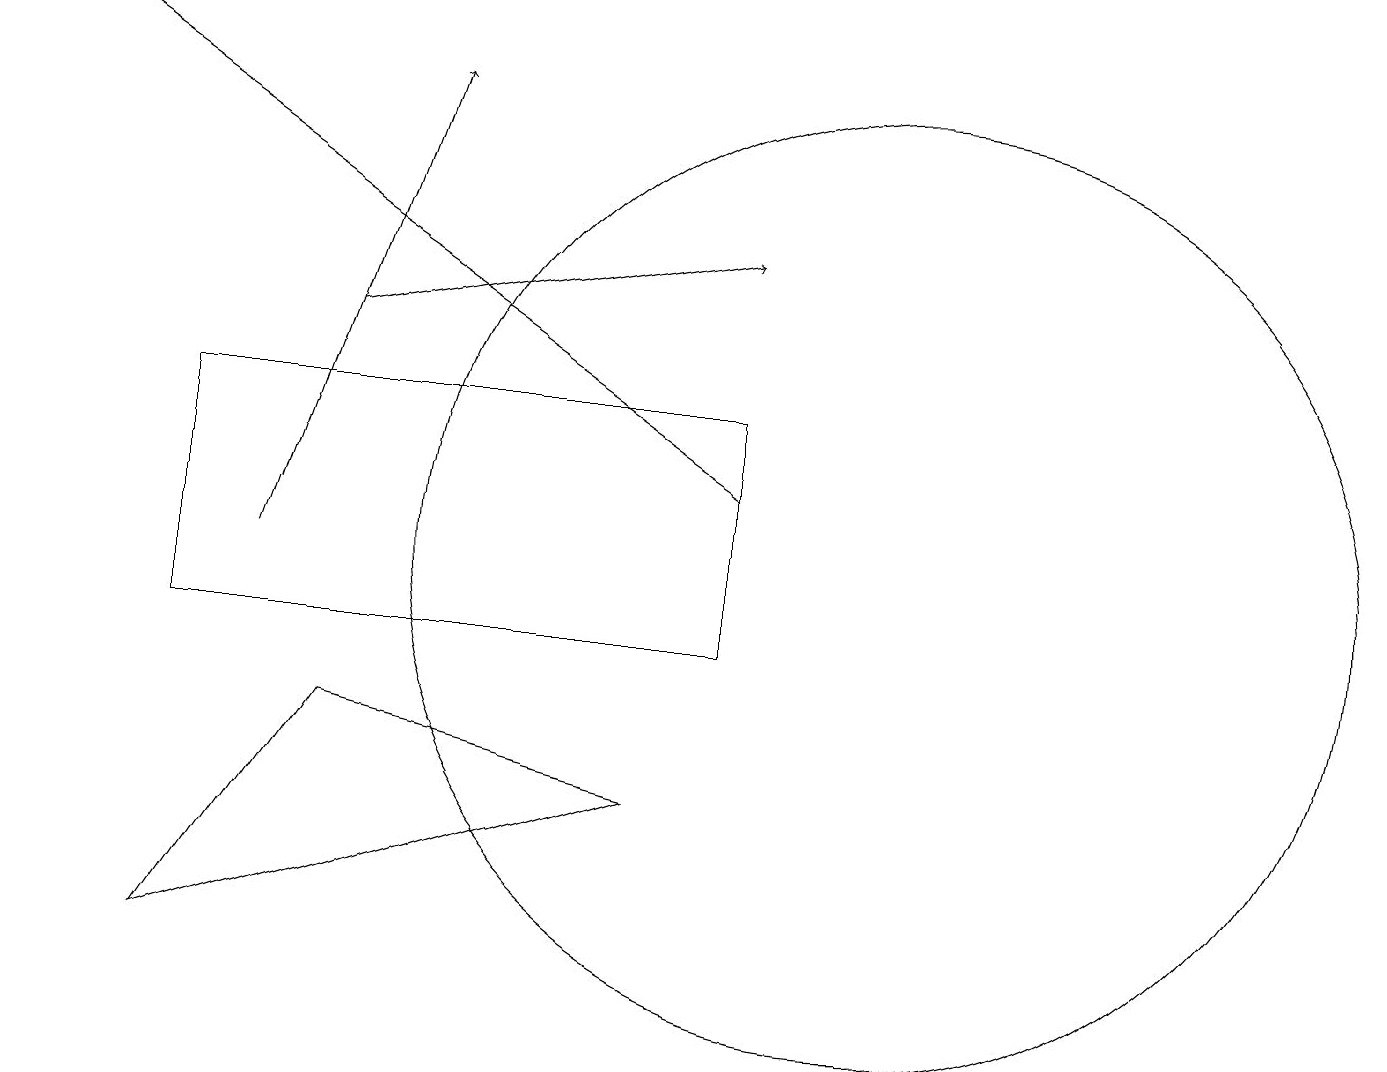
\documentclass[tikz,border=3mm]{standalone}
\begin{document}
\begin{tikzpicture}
\draw (12,11) circle (0);
\draw[->] (3,11) -- (5,17);
\draw (11,11) circle (6);
\draw[->] (4,14) -- (9,15);
\draw (4,9) -- (8,8) -- (2,6) -- cycle;
\draw (9,10) rectangle (2,13);
\draw[->] (9,12) -- (0,18);
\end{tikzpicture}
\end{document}